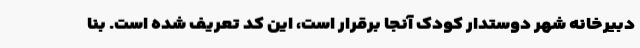
دبیرخانه شهر دوستدار کودک آنجا برقرار است، این کد تعریف شده است. بنا